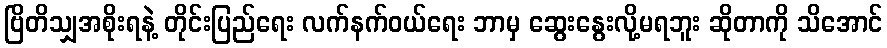
ဗြိတိသျှအစိုးရနဲ့ တိုင်းပြည်ရေး လက်နက်ဝယ်ရေး ဘာမှ ဆွေးနွေးလို့မရဘူး ဆိုတာကို သိအောင်